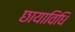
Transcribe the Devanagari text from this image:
छायाविधि